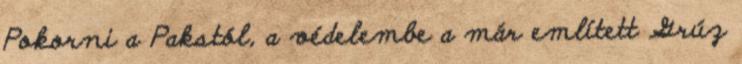
Pokorni a Pakstól, a védelembe a már említett Grúz